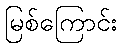
မြစ်ကြောင်း